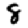
Digit: 8